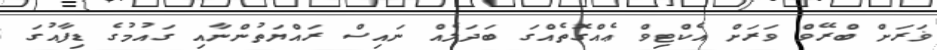
ޥަރަށް ބްރޭވް ވަރަށް އެކްޓިވް ޢެއްގޮތެއްގަ ބަދަލެއް ނައިސް ރައްޔަތުންނާއި ގައުމުގެ ޑިފާއުގަ